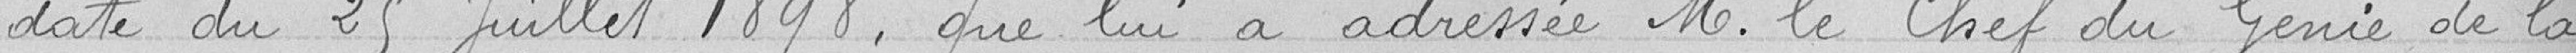
date du 25 juillet 1898, que lui a adressée Monsieur le Chef du Génie de la